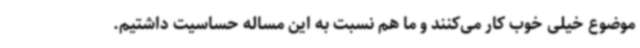
موضوع خیلی خوب کار می‌کنند و ما هم نسبت به این مساله حساسیت داشتیم.